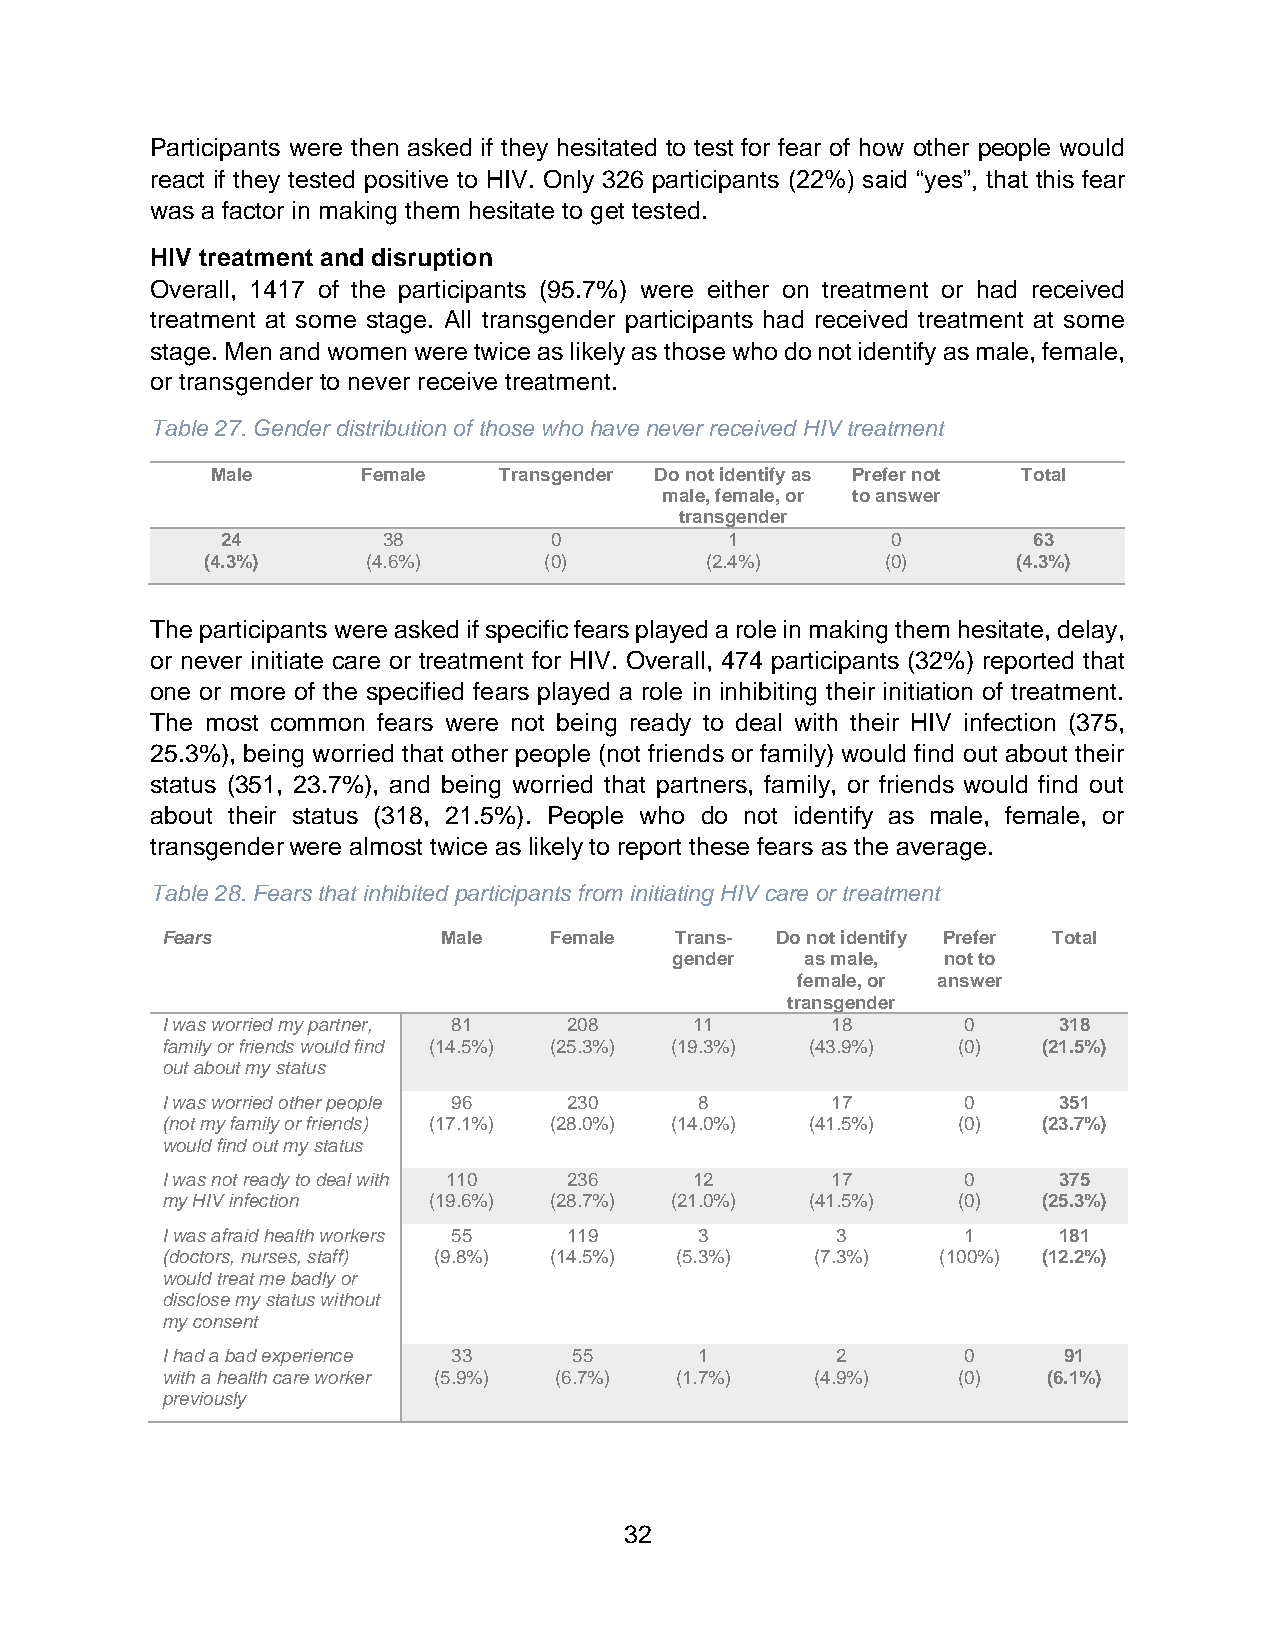
Participants were then asked if they hesitated to test for fear of how other people would
 react if they tested positive to HIV. Only 326 participants (22%) said “yes”, that this fear
 was a factor in making them hesitate to get tested.
 HIV treatment and disruption
 Overall, 1417 of the participants (95.7%) were either on treatment or had received
 treatment at some stage. All transgender participants had received treatment at some
 stage. Men and women were twice as likely as those who do not identify as male, female,
 or transgender to never receive treatment.
 Table 27. Gender distribution of those who have never received HIV treatment
 Male      Female   Transgender Do not identify as Prefer not Total
 male, female, or to answer
 transgender
 24        38         0           1          0        63
 (4.3%)     (4.6%)      (0)        (2.4%)      (0)     (4.3%)
 The participants were asked if specific fears played a role in making them hesitate, delay,
 or never initiate care or treatment for HIV. Overall, 474 participants (32%) reported that
 one or more of the specified fears played a role in inhibiting their initiation of treatment.
 The most common fears were not being ready to deal with their HIV infection (375,
 25.3%), being worried that other people (not friends or family) would find out about their
 status (351, 23.7%), and being worried that partners, family, or friends would find out
 about their status (318, 21.5%). People who do not identify as male, female, or
 transgender were almost twice as likely to report these fears as the average.
 Table 28. Fears that inhibited participants from initiating HIV care or treatment
 Fears             Male   Female   Trans- Do not identify Prefer Total
 gender  as male, not to
 female, or answer
 transgender
 I was worried my partner, 81 208   11       18       0     318
 family or friends would find (14.5%) (25.3%) (19.3%) (43.9%) (0) (21.5%)
 out about my status
 I was worried other people 96 230  8        17       0     351
 (not my family or friends) (17.1%) (28.0%) (14.0%) (41.5%) (0) (23.7%)
 would find out my status
 I was not ready to deal with 110 236 12     17       0     375
 my HIV infection (19.6%) (28.7%) (21.0%)   (41.5%)  (0)   (25.3%)
 I was afraid health workers 55 119 3        3        1     181
 (doctors, nurses, staff) (9.8%) (14.5%) (5.3%) (7.3%) (100%) (12.2%)
 would treat me badly or
 disclose my status without
 my consent
 I had a bad experience 33  55      1        2        0     91
 with a health care worker (5.9%) (6.7%) (1.7%) (4.9%) (0) (6.1%)
 previously
 32